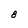
Character: 8